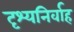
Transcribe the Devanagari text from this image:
दृश्यनिर्वाह